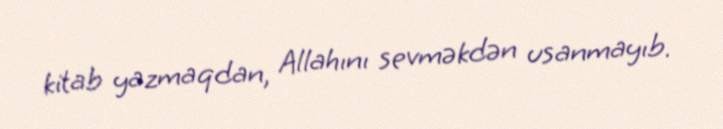
kitab yazmaqdan, Allahını sevməkdən usanmayıb.